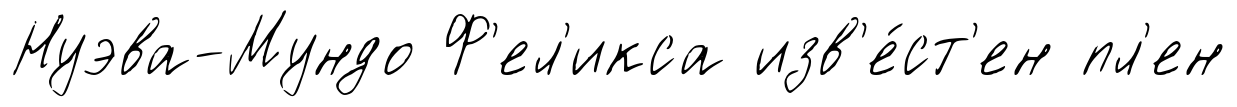
Нуэва-Мундо Ф'ел'икса изв'е́ст'ен пл'ен